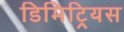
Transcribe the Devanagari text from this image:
डिमिट्रियस